Scottish Leaving Certificate Examination, 1953
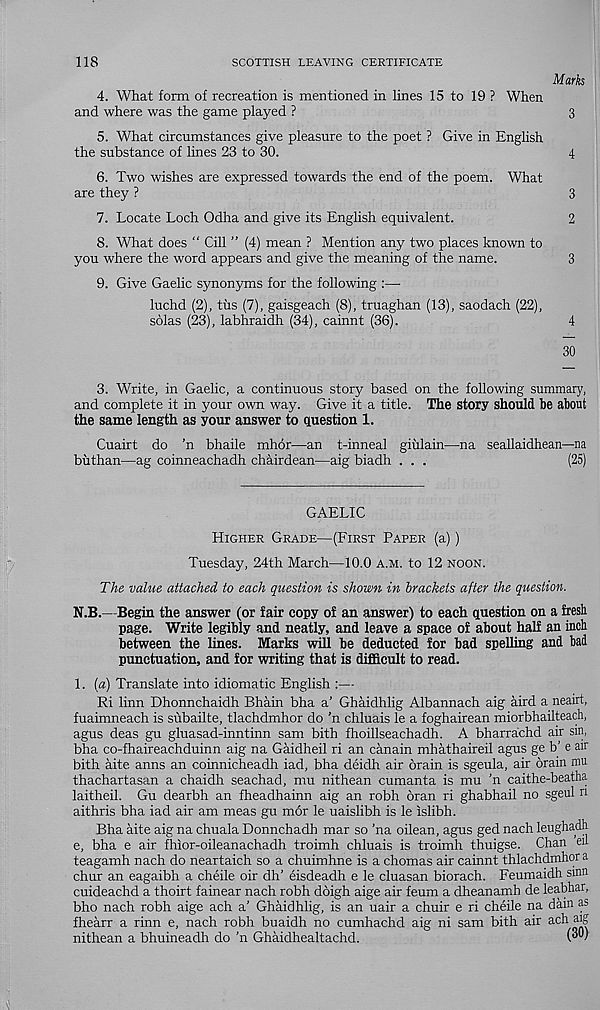
118
SCOTTISH LEAVING CERTIFICATE
Marks
4. What form of recreation is mentioned in lines 15 to 19 ? When
and where was the game played ?
3
5. What circumstances give pleasure to the poet ? Give in English
the substance of lines 23 to 30.
4
6. Two wishes are expressed towards the end of the poem. What
are they ?
3
7. Locate Loch Odha and give its English equivalent.
2
8. What does “ Cill ” (4) mean ? Mention any two places known to
you where the word appears and give the meaning of the name.
3
9. Give Gaelic synonyms for the following :—•
luchd (2), tiis (7), gaisgeach (8), truaghan (13), saodach (22),
solas (23), labhraidh (34), cainnt (36).
4
30
3. Write, in Gaelic, a continuous story based on the following summary,
and complete it in your own way. Give it a title. The story should he about
the same length as your answer to question 1.
Cuairt do ’n bhaile mhor—an t-inneal giulain—na seallaidhean—na
buthan—ag coinneachadh chairdean—aig biadh . . .
(25)
GAELIC
Higher Grade—(First Paper (a))
Tuesday, 24th March—10.0 a.m. to 12 noon.
The value attached to each question is shown in hrackets after the question.
N.B.—Begin the answer (or fair copy of an answer) to each question on a fresh
page. Write legibly and neatly, and leave a space of about half an inch
between the lines. Marks will be deducted for bad spelling and bad
punctuation, and for writing that is difficult to read.
1. (a) Translate into idiomatic English :—
Ri linn Dhonnchaidh Bhain bha a' Ghaidhlig Albannach aig aird a neairt,
fuaimneach is subailte, tlachdmhor do ’n chluais le a foghairean miorbhailteach,
agus deas gu gluasad-inntinn sam bith fhoillseachadh. A bharrachd air sin,
bha co-fhaireachduinn aig na Gaidheil ri an canain mhathaireil agus ge b’ e air
bith aite anns an coinnicheadh iad, bha deidh air brain is sgeula, air brain mu
thachartasan a chaidh seachad, mu nithean cumanta is mu ’n caithe-beatha
laitheil. Gu dearbh an fheadhainn aig an robh bran ri ghabhail no sgeul n
aithris bha iad air am meas gu mor le uaislibh is le islibh.
Bha aite aig na chuala Donnchadh mar so ’na oilean, agus ged nach leughadh
e, bha e air fhior-oileanachadh troimh chluais is troimh thuigse. Chan eil
teagamh nach do neartaich so a chuimhne is a chomas air cainnt thlachdmhor a
chur an eagaibh a cheile oir dh’ eisdeadh e le cluasan biorach. Feumaidh sum
cuideachd a thoirt fainear nach robh dbigh aige air feum a dheanamh de leabhar,
bho nach robh aige ach a’ Ghaidhlig, is an uair a chuir e ri cheile na dam as
fhearr a rinn e, nach robh buaidh no cumhachd aig ni sam bith air
nithean a bhuineadh do ’n Ghaidhealtachd.